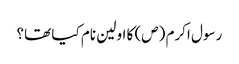
رسول اکرم (ص) کا اولین نام کیا تھا؟